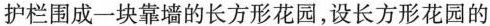
护栏围成一块靠墙的长方形花园，设长方形花园的